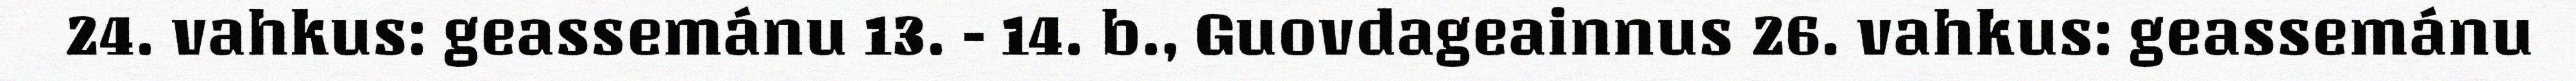
24. vahkus: geassemánu 13. - 14. b., Guovdageainnus 26. vahkus: geassemánu